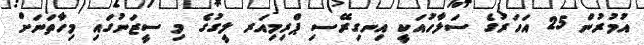
އުމުރުން 25 އަހަރުގެ ސަލާހުއަކީ އިނގިރޭސި ޕްރިމިއަރ ލީގުގެ މި ސީޒަނުގައި މިހާތަނަށް